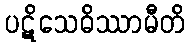
ပဋိသေဓိဿာမီတိ